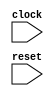
module MultiClockSubModuleTest(
    input clock,
    input reset
);
    wire [3:0] _value__q;
    wire [3:0] _value__d;
    DFF_POSCLK #(.width(4)) value (
        .q(_value__q),
        .d(_value__d),
        .clk(clock)
    );
    wire [3:0] _WTEMP_0;
    MUX_UNSIGNED #(.width(4)) u_mux_1 (
        .y(_value__d),
        .sel(reset),
        .a(4'h0),
        .b(_WTEMP_0)
    );
    wire _T_6;
    EQ_UNSIGNED #(.width(4)) u_eq_2 (
        .y(_T_6),
        .a(_value__q),
        .b(4'h9)
    );
    wire [4:0] _T_8;
    wire [3:0] _WTEMP_1;
    PAD_UNSIGNED #(.width(1), .n(4)) u_pad_3 (
        .y(_WTEMP_1),
        .in(1'h1)
    );
    ADD_UNSIGNED #(.width(4)) u_add_4 (
        .y(_T_8),
        .a(_value__q),
        .b(_WTEMP_1)
    );
    wire [3:0] _T_9;
    TAIL #(.width(5), .n(1)) tail_5 (
        .y(_T_9),
        .in(_T_8)
    );
    wire [3:0] _node_0;
    wire [3:0] _WTEMP_2;
    PAD_UNSIGNED #(.width(1), .n(4)) u_pad_6 (
        .y(_WTEMP_2),
        .in(1'h0)
    );
    MUX_UNSIGNED #(.width(4)) u_mux_7 (
        .y(_node_0),
        .sel(_T_6),
        .a(_WTEMP_2),
        .b(_T_9)
    );
    wire done;
    BITWISEAND #(.width(1)) bitwiseand_8 (
        .y(done),
        .a(1'h1),
        .b(_T_6)
    );
    wire _cDiv__q;
    wire _cDiv__d;
    DFF_POSCLK #(.width(1)) cDiv (
        .q(_cDiv__q),
        .d(_cDiv__d),
        .clk(clock)
    );
    wire _WTEMP_3;
    MUX_UNSIGNED #(.width(1)) u_mux_9 (
        .y(_cDiv__d),
        .sel(reset),
        .a(1'h1),
        .b(_WTEMP_3)
    );
    wire _T_14;
    EQ_UNSIGNED #(.width(1)) u_eq_10 (
        .y(_T_14),
        .a(_cDiv__q),
        .b(1'h0)
    );
    wire otherClock;
    assign otherClock = _cDiv__q;
    wire otherReset;
    wire [3:0] _WTEMP_4;
    PAD_UNSIGNED #(.width(2), .n(4)) u_pad_11 (
        .y(_WTEMP_4),
        .in(2'h3)
    );
    LT_UNSIGNED #(.width(4)) u_lt_12 (
        .y(otherReset),
        .a(_value__q),
        .b(_WTEMP_4)
    );
    wire _inst__clock;
    wire _inst__reset;
    wire [3:0] _inst__io_out;
    MultiClockSubModuleTestSubModule inst (
        .clock(_inst__clock),
        .reset(_inst__reset),
        .io_out(_inst__io_out)
    );
    wire _T_17;
    wire [3:0] _WTEMP_8;
    PAD_UNSIGNED #(.width(2), .n(4)) u_pad_22 (
        .y(_WTEMP_8),
        .in(2'h3)
    );
    EQ_UNSIGNED #(.width(4)) u_eq_23 (
        .y(_T_17),
        .a(_inst__io_out),
        .b(_WTEMP_8)
    );
    wire _T_18;
    BITS #(.width(1), .high(0), .low(0)) bits_24 (
        .y(_T_18),
        .in(reset)
    );
    wire _T_19;
    BITWISEOR #(.width(1)) bitwiseor_25 (
        .y(_T_19),
        .a(_T_17),
        .b(_T_18)
    );
    wire _T_21;
    EQ_UNSIGNED #(.width(1)) u_eq_26 (
        .y(_T_21),
        .a(_T_19),
        .b(1'h0)
    );
    wire _T_22;
    BITS #(.width(1), .high(0), .low(0)) bits_27 (
        .y(_T_22),
        .in(reset)
    );
    wire _T_24;
    EQ_UNSIGNED #(.width(1)) u_eq_28 (
        .y(_T_24),
        .a(_T_22),
        .b(1'h0)
    );
    assign _WTEMP_3 = _T_14;
    assign _inst__clock = otherClock;
    assign _inst__reset = otherReset;
    MUX_UNSIGNED #(.width(4)) u_mux_29 (
        .y(_WTEMP_0),
        .sel(1'h1),
        .a(_node_0),
        .b(_value__q)
    );
endmodule //MultiClockSubModuleTest
module DFF_POSCLK(q, d, clk);
    parameter width = 4;
    output reg [width-1:0] q;
    input [width-1:0] d;
    input clk;
    always @(posedge clk) begin
        q <= d;
    end
endmodule // DFF_POSCLK
module MUX_UNSIGNED(y, sel, a, b);
    parameter width = 4;
    output [width-1:0] y;
    input sel;
    input [width-1:0] a;
    input [width-1:0] b;
    assign y = sel ? a : b;
endmodule // MUX_UNSIGNED
module EQ_UNSIGNED(y, a, b);
    parameter width = 4;
    output y;
    input [width-1:0] a;
    input [width-1:0] b;
    assign y = a == b;
endmodule // EQ_UNSIGNED
module PAD_UNSIGNED(y, in);
    parameter width = 4;
    parameter n = 4;
    output [(n > width ? n : width)-1:0] y;
    input [width-1:0] in;
    assign y = (n > width) ? {{(n - width){1'b0}}, in} : in;
endmodule // PAD_UNSIGNED
module ADD_UNSIGNED(y, a, b);
    parameter width = 4;
    output [width:0] y;
    input [width-1:0] a;
    input [width-1:0] b;
    assign y = a + b;
endmodule // ADD_UNSIGNED
module TAIL(y, in);
    parameter width = 4;
    parameter n = 2;
    output [width-n-1:0] y;
    input [width-1:0] in;
    assign y = in[width-n-1:0];
endmodule // TAIL
module BITWISEAND(y, a, b);
    parameter width = 4;
    output [width-1:0] y;
    input [width-1:0] a;
    input [width-1:0] b;
    assign y = a & b;
endmodule // BITWISEAND
module LT_UNSIGNED(y, a, b);
    parameter width = 4;
    output y;
    input [width-1:0] a;
    input [width-1:0] b;
    assign y = a < b;
endmodule // LT_UNSIGNED
module MultiClockSubModuleTestSubModule(
    input clock,
    input reset,
    output [3:0] io_out
);
    wire [3:0] _value__q;
    wire [3:0] _value__d;
    DFF_POSCLK #(.width(4)) value (
        .q(_value__q),
        .d(_value__d),
        .clk(clock)
    );
    wire [3:0] _WTEMP_5;
    MUX_UNSIGNED #(.width(4)) u_mux_13 (
        .y(_value__d),
        .sel(reset),
        .a(4'h0),
        .b(_WTEMP_5)
    );
    wire _T_7;
    EQ_UNSIGNED #(.width(4)) u_eq_14 (
        .y(_T_7),
        .a(_value__q),
        .b(4'h9)
    );
    wire [4:0] _T_9;
    wire [3:0] _WTEMP_6;
    PAD_UNSIGNED #(.width(1), .n(4)) u_pad_15 (
        .y(_WTEMP_6),
        .in(1'h1)
    );
    ADD_UNSIGNED #(.width(4)) u_add_16 (
        .y(_T_9),
        .a(_value__q),
        .b(_WTEMP_6)
    );
    wire [3:0] _T_10;
    TAIL #(.width(5), .n(1)) tail_17 (
        .y(_T_10),
        .in(_T_9)
    );
    wire [3:0] _node_1;
    wire [3:0] _WTEMP_7;
    PAD_UNSIGNED #(.width(1), .n(4)) u_pad_18 (
        .y(_WTEMP_7),
        .in(1'h0)
    );
    MUX_UNSIGNED #(.width(4)) u_mux_19 (
        .y(_node_1),
        .sel(_T_7),
        .a(_WTEMP_7),
        .b(_T_10)
    );
    wire _T_12;
    BITWISEAND #(.width(1)) bitwiseand_20 (
        .y(_T_12),
        .a(1'h1),
        .b(_T_7)
    );
    assign io_out = _value__q;
    MUX_UNSIGNED #(.width(4)) u_mux_21 (
        .y(_WTEMP_5),
        .sel(1'h1),
        .a(_node_1),
        .b(_value__q)
    );
endmodule //MultiClockSubModuleTestSubModule
module BITS(y, in);
    parameter width = 4;
    parameter high = 2;
    parameter low = 0;
    output [high-low:0] y;
    input [width-1:0] in;
    assign y = in[high:low];
endmodule // BITS
module BITWISEOR(y, a, b);
    parameter width = 4;
    output [width-1:0] y;
    input [width-1:0] a;
    input [width-1:0] b;
    assign y = a | b;
endmodule // BITWISEOR